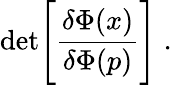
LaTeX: \mathrm{det}\Bigg[{\frac{\delta\Phi(x)}{\delta\Phi(p)}}\Bigg]\; .